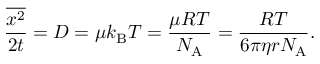
{ \frac { \overline { { x ^ { 2 } } } } { 2 t } } = D = \mu k _ { \mathrm { { B } } } T = { \frac { \mu R T } { N _ { \mathrm { A } } } } = { \frac { R T } { 6 \pi \eta r N _ { \mathrm { A } } } } .